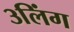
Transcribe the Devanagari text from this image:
३लिंग